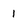
Character: 1